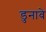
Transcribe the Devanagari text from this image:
डुनावे